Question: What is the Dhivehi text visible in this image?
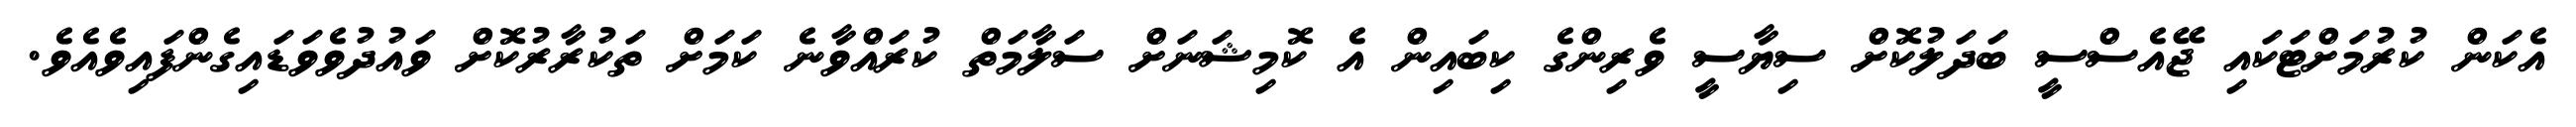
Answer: އެކަން ކުރުމަށްޓަކައި ޖޭއެސްސީ ބަދަލުކޮށް ސިޔާސީ ވެރިންގެ ކިބައިން އެ ކޮމިޝަނަށް ސަލާމަތް ކުރައްވާނެ ކަމަށް ތަކުރާރުކޮށް ވައުދުވެވަޑައިގެންފައިވެއެވެ.